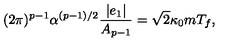
( 2 \pi ) ^ { p - 1 } \alpha ^ { ( p - 1 ) / 2 } \frac { | e _ { 1 } | } { A _ { p - 1 } } = \sqrt { 2 } \kappa _ { 0 } m T _ { f } ,